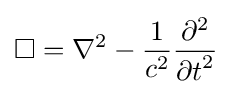
\Box =\nabla ^{2}-{\frac {1}{c^{2}}}{\frac {\partial ^{2}}{{\partial t}^{2}}}